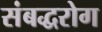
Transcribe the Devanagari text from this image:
संबद्धरोग